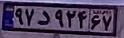
۹۷د۹۲۴۶۷